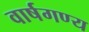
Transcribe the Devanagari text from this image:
वार्षगण्य